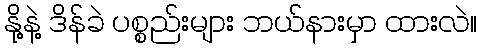
နို့နဲ့ ဒိန်ခဲ ပစ္စည်းများ ဘယ်နားမှာ ထားလဲ။